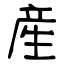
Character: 産